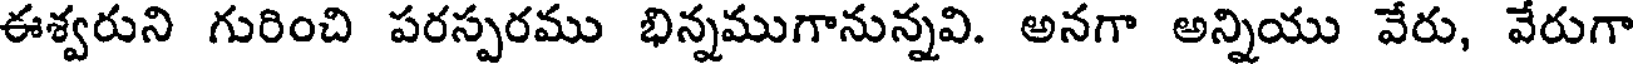
ఈశ్వరుని గురించి పరస్పరము భిన్నముగానున్నవి. అనగా అన్నియు వేరు, వేరుగా